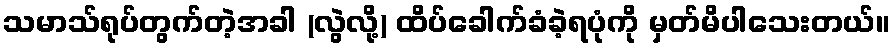
သမာသ်ရုပ်တွက်တဲ့အခါ (လွဲလို့) ထိပ်ခေါက်ခံခဲ့ရပုံကို မှတ်မိပါသေးတယ်။